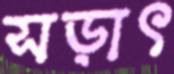
সড়াৎ